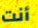
أنت